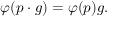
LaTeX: \varphi ( p \cdot g ) = \varphi ( p ) g .